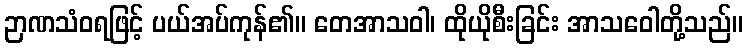
ဉာဏသံဝရဖြင့် ပယ်အပ်ကုန်၏။ တေအာသဝါ၊ ထိုယိုစီးခြင်း အာသဝေါတို့သည်။